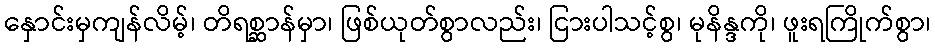
နှောင်းမှကျန်လိမ့်၊ တိရစ္ဆာန်မှာ၊ ဖြစ်ယုတ်စွာလည်း၊ ငြားပါသင့်စွ၊ မုနိန္ဒကို၊ ဖူးရကြိုက်စွာ၊